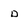
Character: D